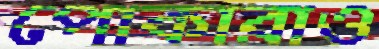
পোকারাও